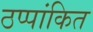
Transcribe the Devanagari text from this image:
ठप्पांकित